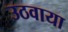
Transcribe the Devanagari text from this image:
उठवाया